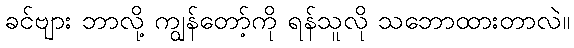
ခင်ဗျား ဘာလို့ ကျွန်တော့်ကို ရန်သူလို သဘောထားတာလဲ။